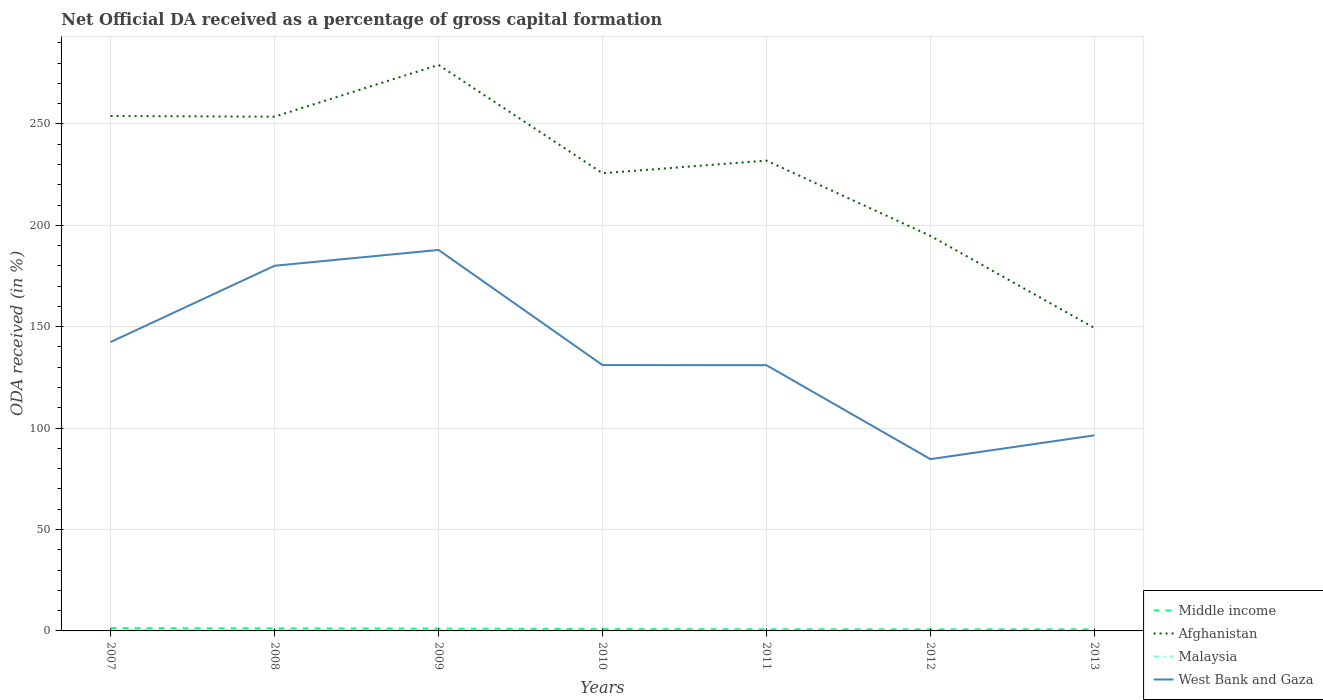
| Years | Middle income | Afghanistan | Malaysia | West Bank and Gaza |
 | --- | --- | --- | --- | --- |
 | 2007 | 1.36 | 254 | 0.442 | 142 |
 | 2008 | 1.23 | 254 | 0.312 | 180 |
 | 2009 | 1.14 | 279 | 0.396 | 188 |
 | 2010 | 0.87 | 226 | 0.00345 | 131 |
 | 2011 | 0.796 | 232 | 0.0465 | 131 |
 | 2012 | 0.731 | 195 | 0.019 | 84.7 |
 | 2013 | 0.759 | 149 | -0.142 | 96.4 |